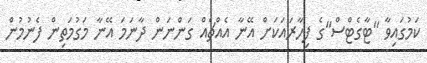
ކަމުގައިވާ "ޓާގެޓްސް"ގެ ފިހާރައަކަށް އޭނާ އެއްޗެއް ގަންނަން ދާނަމަ އޭނާ މަގުމަތިން ފެނުމުން